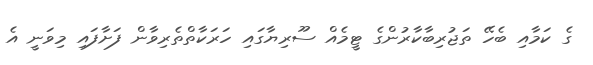
ގެ ކަމާއި ބެހޭ ތަޖުރިބާކާރުންގެ ޓީމެއް ސޫރިޔާގައި ހަރަކާތްތެރިވާން ފަށާފައި މިވަނީ އެ